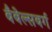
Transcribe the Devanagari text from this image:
बैबेल्सबर्ग